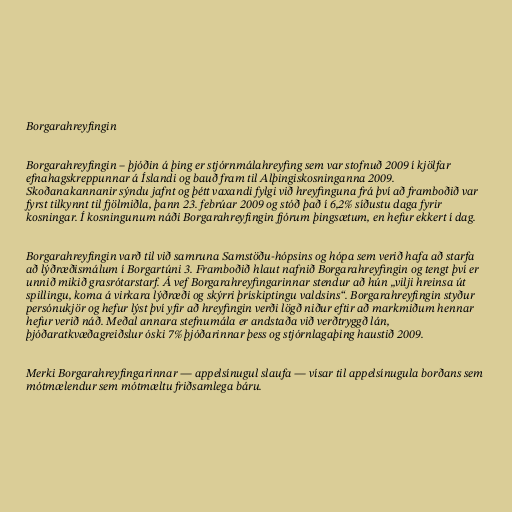
Borgarahreyfingin

Borgarahreyfingin – þjóðin á þing er stjórnmálahreyfing sem var stofnuð 2009 í kjölfar
efnahagskreppunnar á Íslandi og bauð fram til Alþingiskosninganna 2009.
Skoðanakannanir sýndu jafnt og þétt vaxandi fylgi við hreyfinguna frá því að framboðið var
fyrst tilkynnt til fjölmiðla, þann 23. febrúar 2009 og stóð það í 6,2% síðustu daga fyrir
kosningar. Í kosningunum náði Borgarahreyfingin fjórum þingsætum, en hefur ekkert í dag.

Borgarahreyfingin varð til við samruna Samstöðu-hópsins og hópa sem verið hafa að starfa
að lýðræðismálum í Borgartúni 3. Framboðið hlaut nafnið Borgarahreyfingin og tengt því er
unnið mikið grasrótarstarf. Á vef Borgarahreyfingarinnar stendur að hún „vilji hreinsa út
spillingu, koma á virkara lýðræði og skýrri þrískiptingu valdsins“. Borgarahreyfingin styður
persónukjör og hefur lýst því yfir að hreyfingin verði lögð niður eftir að markmiðum hennar
hefur verið náð. Meðal annara stefnumála er andstaða við verðtryggð lán,
þjóðaratkvæðagreiðslur óski 7% þjóðarinnar þess og stjórnlagaþing haustið 2009.

Merki Borgarahreyfingarinnar — appelsínugul slaufa — vísar til appelsínugula borðans sem
mótmælendur sem mótmæltu friðsamlega báru.